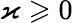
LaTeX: \varkappa\geqslant 0